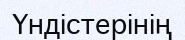
Үндістерінің